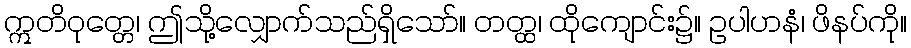
ဣတိဝုတ္တေ၊ ဤသို့လျှောက်သည်ရှိသော်။ တတ္ထ၊ ထိုကျောင်း၌။ ဥပါဟနံ၊ ဖိနပ်ကို။